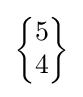
{\begin{Bmatrix}5\\4\end{Bmatrix}}